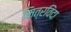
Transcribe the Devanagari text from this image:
मित्रविंदा